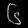
Digit: ၆